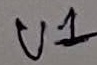
Text: U1